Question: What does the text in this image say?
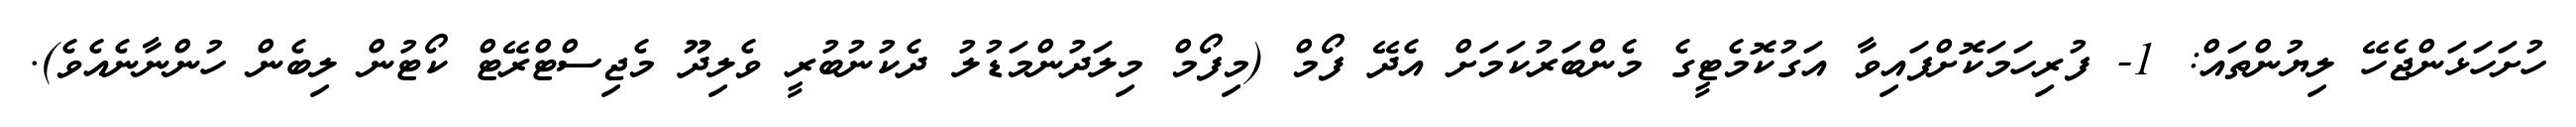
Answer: ހުށަހަޅަންޖެހޭ ލިޔުންތައް: 1- ފުރިހަމަކޮށްފައިވާ އަގުކޮމެޓީގެ މެންބަރުކަމަށް އެދޭ ފޯމް (މިފޯމް މިލަދުންމަޑުލު ދެކުނުބުރީ ވެލިދޫ މެޖިސްޓްރޭޓް ކޯޓުން ލިބެން ހުންނާނެއެވެ).